Lunatic asylums United Provinces 1899-1908 - 1899-1908
Year: 1899
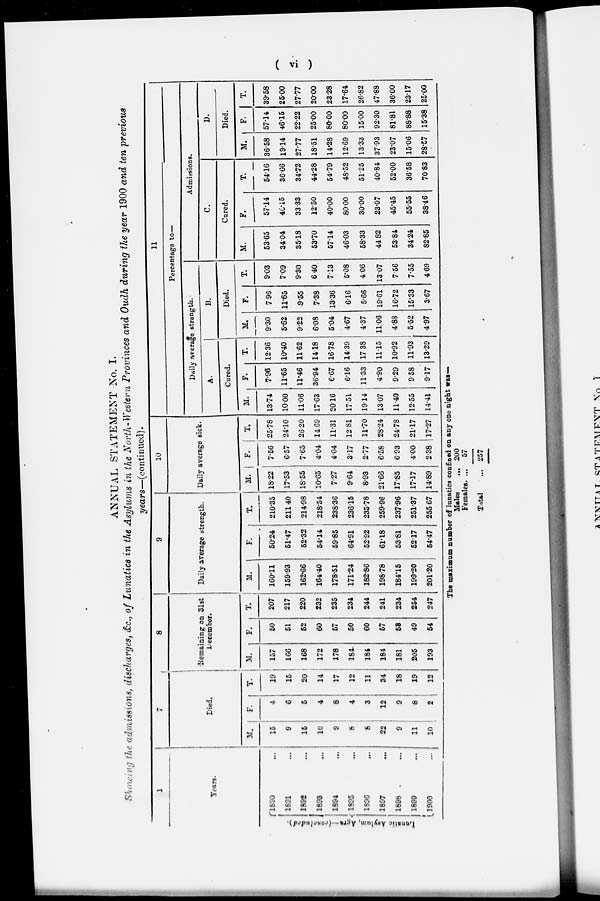
(vi)
ANNUAL STATEMENT No. I.
Showing the admissions, discharges, &c., of Lunatics in the Asylums in the North-Western Provinces and Oudh during the year 1900 and ten previous
years—(continued).
1
Years.
Lunatic
Asylum, Agra—(concluded).
1890 ...
1891 ...
1892 ...
1893 ...
1894 ...
1895
...
1896 ...
1897 ...
1898 ...
1899 ...
1900
...
7
Died.
M.
15
9
16
10
9
8
8
22
9
11
10
F.
4
6
6
4
8
4
3
12
9
8
2
T.
19
15
20
14
17
12
11
34
18
19
12
8
Remaining on 31st
December.
M.
157
166
168
172
178
184
184
184
181
205
193
F.
50
51
52
60
57
50
60
57
68
49
54
T.
207
217
220
232
235
234
244
241
234
254
247
9
Daily average strength.
M.
160.11
159.93
162.66
164.40
178.51
171.24
182.86
198.78
184.15
199.20
201.20
F.
50.24
51.47
62.32
54.14
59.85
64.91
52.92
61.18
53.81
52.17
54.47
T.
210.35
211.40
214.98
218.54
23836
23615
235.78
259.96
237.96
251.37
255.67
10
Daily average sick.
M.
18.22
17.53
18.55
10.65
7.27
9.64
8.93
21.66
17.85
17.17
14.89
F.
7.56
6.57
7.65
4.04
4.04
3.17
2.77
6.58
6.93
4.00
2.38
T.
25.78
24.10
26.20
14.69
11.31
12.81
11.70
28.24
24.78
21.17
17.27
11
Percentage to—
Daily average strength.
A.
Cured.
M.
13.74
10.00
11.06
17.63
20.16
17.51
19.14
13.07
11.40
12.55
14.41
F.
7.96
11.65
11.46
36.94
6.67
6.16
11.33
4.90
9.29
9.58
9.17
T.
12.36
10.40
11.62
14.18
16.78
14.39
17.38
11.15
10.92
11.93
13.29
B.
Died.
M.
9.30
5.62
9.22
6.08
5.04
4.67
4.37
11.06
4.88
5.52
4.97
F.
7.96
11.65
9.55
7.38
13.36
6.16
5.66
19.61
16.72
15.33
3.67
T.
9.03
7.09
9.30
6.40
7.13
5.08
4.06
13.07
7.56
7.55
4.69
Admissions.
C.
Cured.
M.
53.65
34.04
35.18
53.70
57.14
46.03
58.33
44.82
53.84
34.24
82.85
F.
57.14
46.15
33.33
12.50
40.00
80.00
30.00
23.07
45.45
55.55
38.46
T.
54.16
36.66
34.72
44.28
54.79
48.52
51.25
40.84
52.00
36.58
7083
D.
Died.
M.
36.58
19.14
27.77
18.51
14.28
12.69
13.33
37.93
23.07
15.06
28.57
F.
57.14
46.15
22.22
25.00
80.00
80.00
15.00
92.30
81.81
88.88
15.38
T.
39.58
25.00
27.77
20.00
23.28
17.64
26.82
47.88
36.00
23.17
25.00
The maximum number of lunatics confined on any one night was—
Males
Females
Total
...
...
...
200
57
257